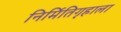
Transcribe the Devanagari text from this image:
निर्मितिगृहाला